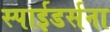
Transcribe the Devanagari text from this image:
स्पाईडर्सना